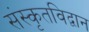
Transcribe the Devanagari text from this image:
संस्कृतविद्वान